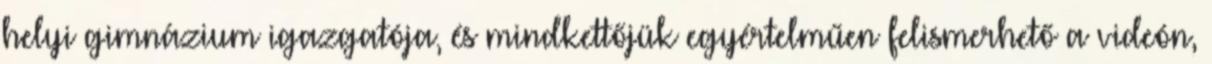
helyi gimnázium igazgatója, és mindkettőjük egyértelműen felismerhető a videón,